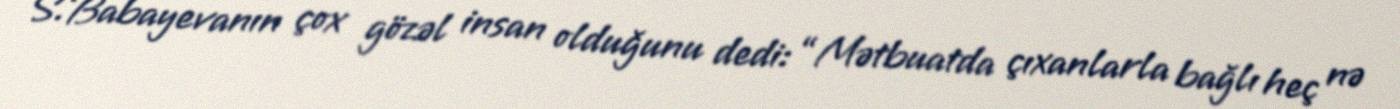
S.Babayevanın çox gözəl insan olduğunu dedi: “Mətbuatda çıxanlarla bağlı heç nə